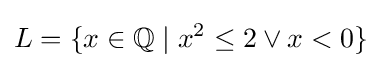
L=\{x\in \mathbb {Q} \mid x^{2}\leq 2\vee x<0\}